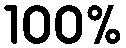
100%